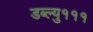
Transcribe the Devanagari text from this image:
डब्ल्यु१११